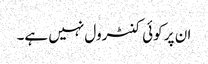
ان پر کوئی کنٹرول نہیں ہے۔